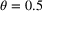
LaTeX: \textstyle \theta = 0 . 5